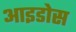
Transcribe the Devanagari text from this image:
आइडोस